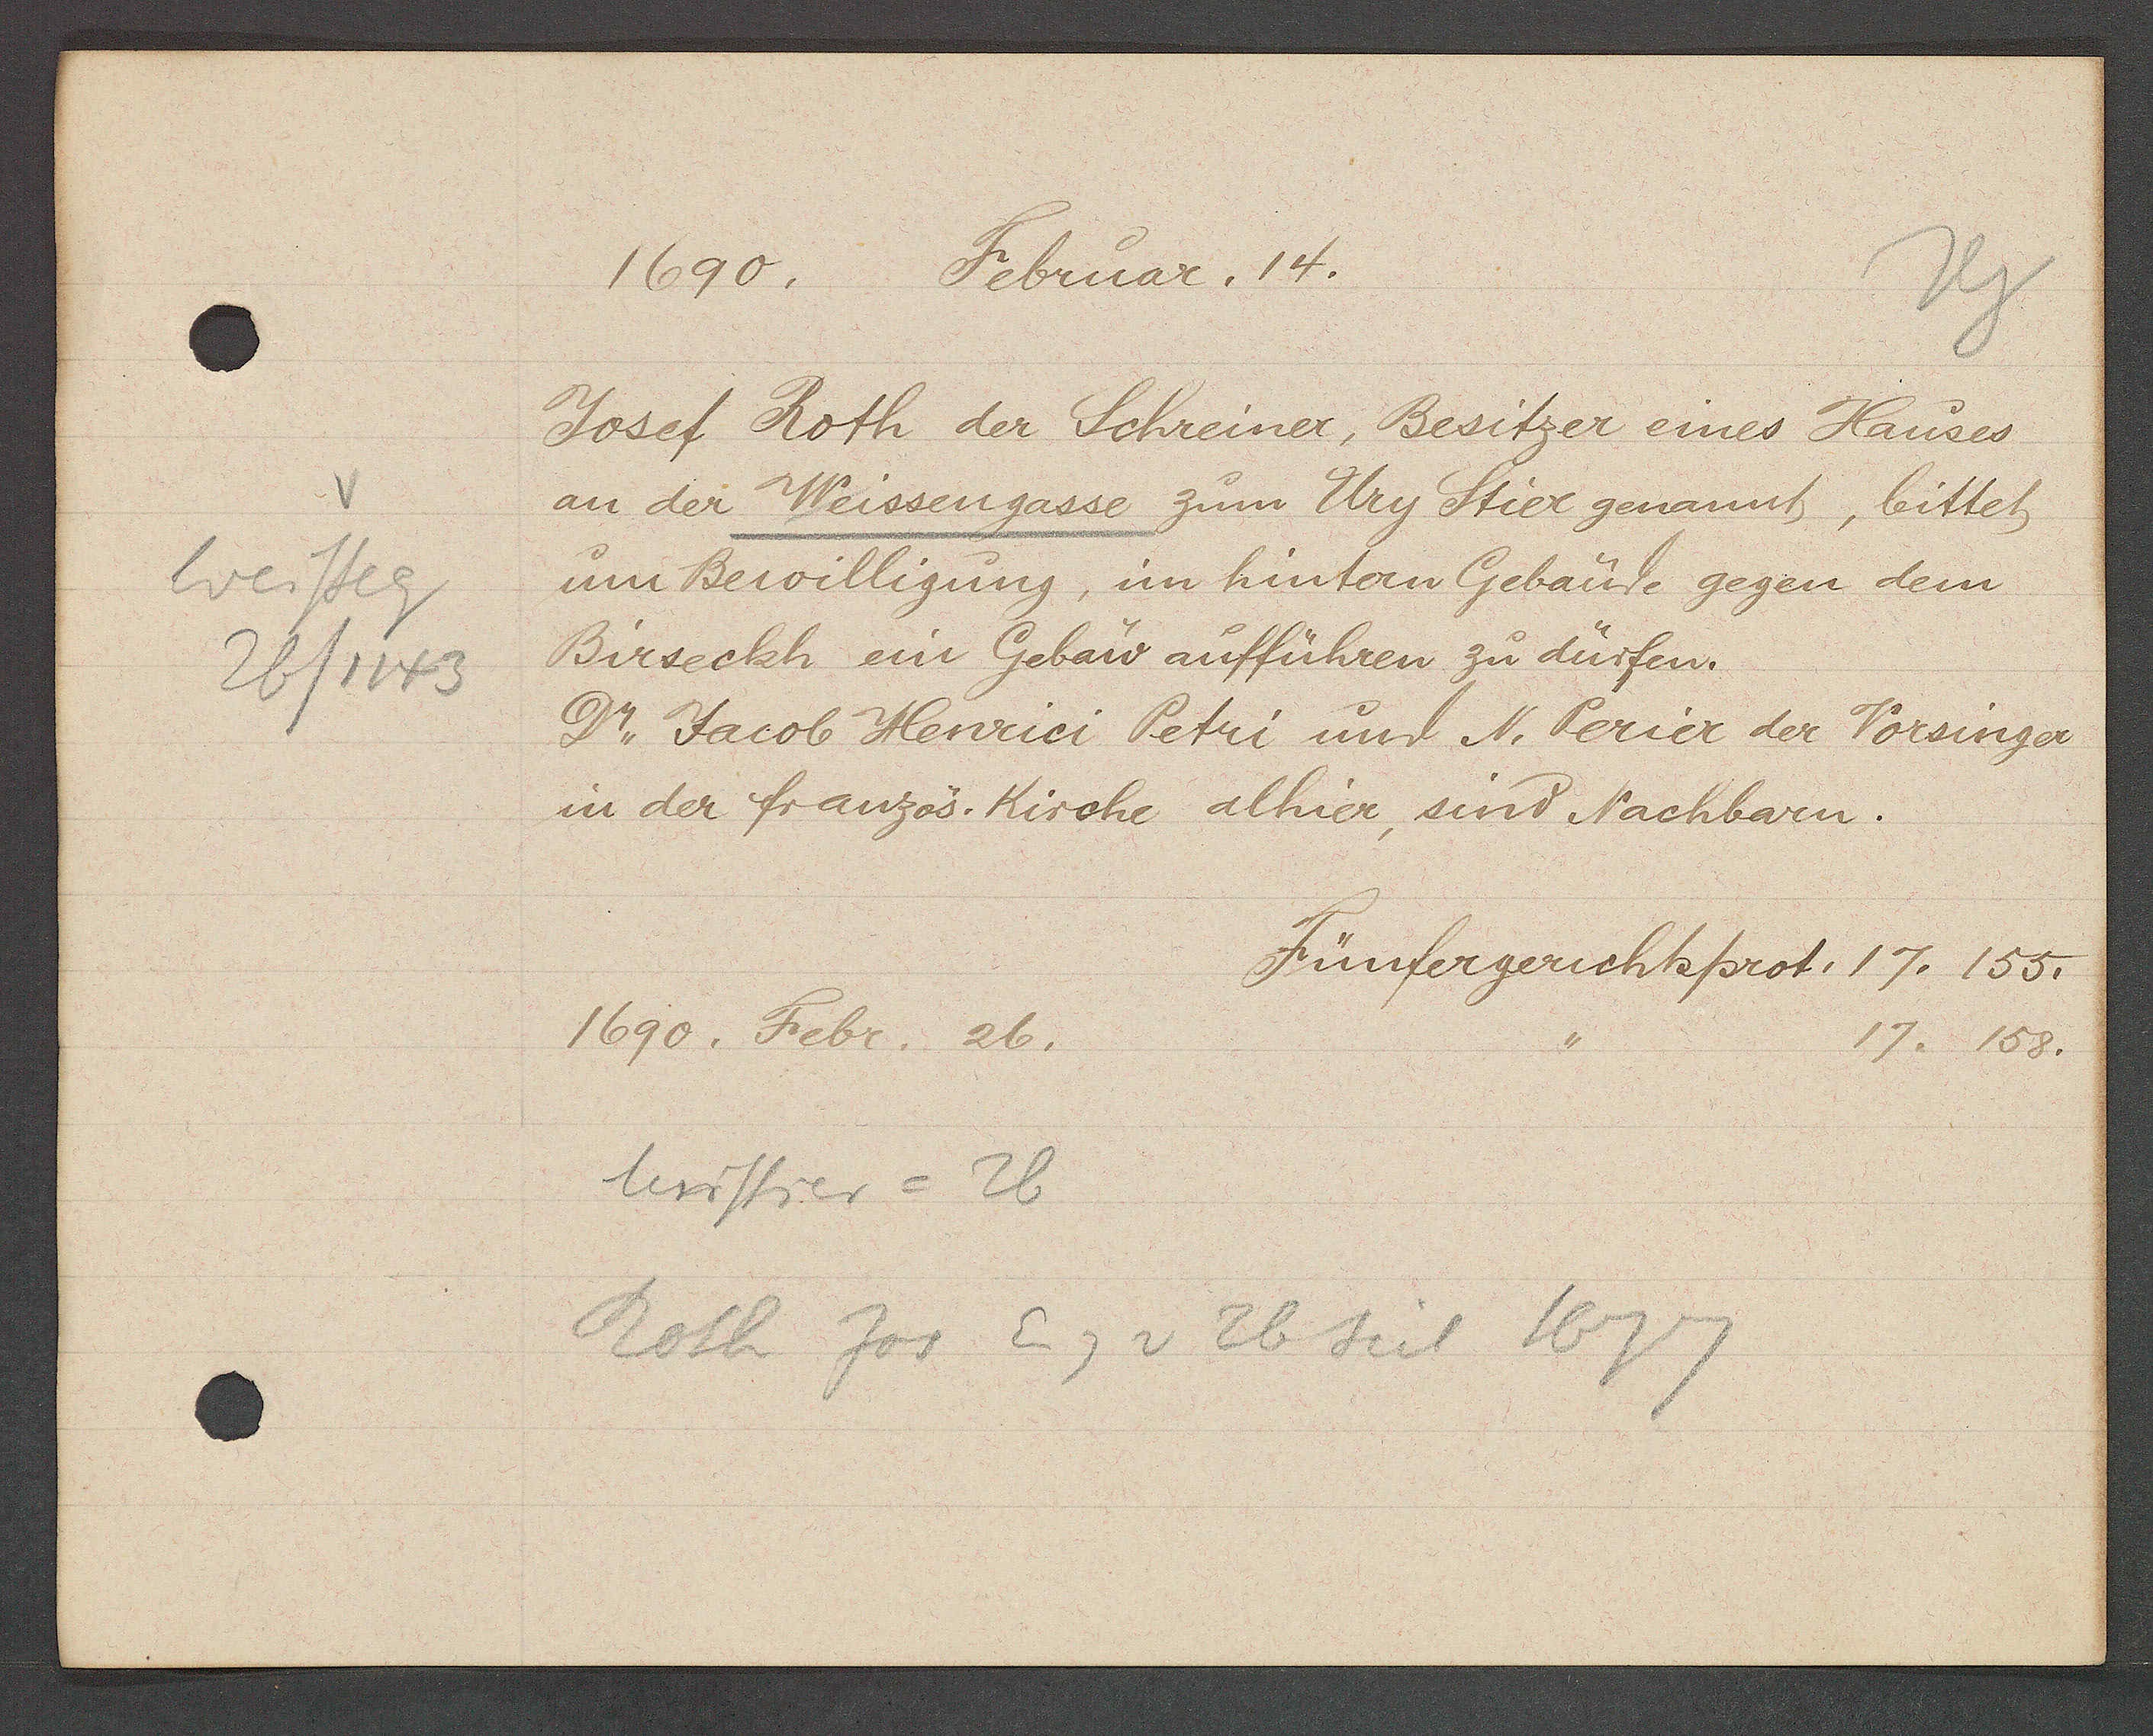
Transcript:
Weisseg
26/1143

1690. Februar, 14.

Josef Roth der Schreiner, Besitzer eines Hauses
an der Weissengasse zum Ury Stier genannt, bittet
um Bewilligung, im hintern Gebäude gegen dem
Birseckh ein Gebau aufführen zu dürfen.
Dr. Jacob Henrici Petri und N. Perier der Vorsinger
in der französ. Kirche alhier, sind Nachbarn.

1690. Febr. 26.

Fünfergerichtsprot. 17. 155.
17. 158.

Uristier = 26
Roth Jos Eig v 26 seit 1677